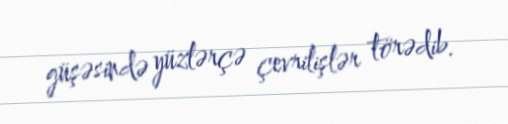
güşəsində yüzlərçə çevrilişlər törədib.